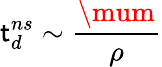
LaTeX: \mathsf{t}_{d}^{ns}\sim\frac{{\mum}}{{\rho}}